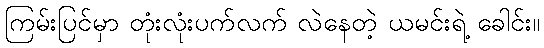
ကြမ်းပြင်မှာ တုံးလုံးပက်လက် လဲနေတဲ့ ယမင်းရဲ့ ခေါင်း။